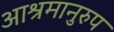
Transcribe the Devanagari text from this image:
आश्रमानुरुप